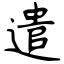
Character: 遣